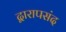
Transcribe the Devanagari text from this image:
द्वारापसंद